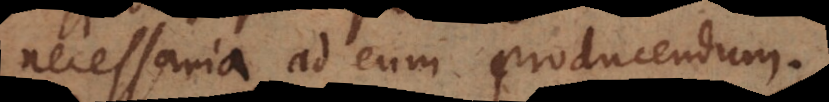
necessaria ad eum producendum.